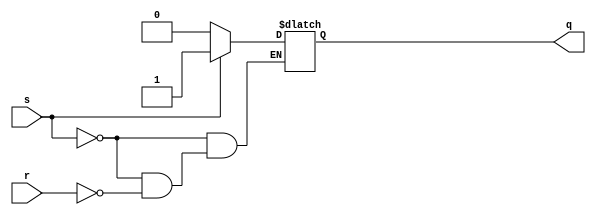
`timescale 1ns / 1ps

// S R input combinations:
// 0 0 -> no change to q
// 0 1 -> q = 0
// 1 0 -> q = 1
// 1 1 -> should not be allowed to happen. what should the value of q be?

module sr_latch(
    input s,        // set
    input r,        // reset
    output reg q    // latched value
    );
    
    always @*
        if(s)
            q = 1;
        else if(r)
            q = 0;
    
endmodule